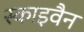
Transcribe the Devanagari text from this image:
स्काइवैन